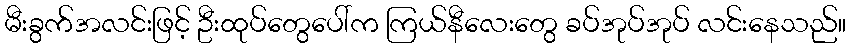
မီးခွက်အလင်းဖြင့် ဦးထုပ်တွေပေါ်က ကြယ်နီလေးတွေ ခပ်အုပ်အုပ် လင်းနေသည်။